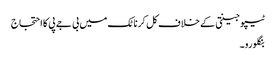
ٹیپو جینتی کے خلاف کل کرناٹک میں بی جے پی کا احتجاج
بنگلورو۔